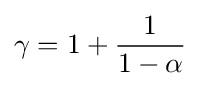
\gamma =1+{\frac {1}{1-\alpha }}